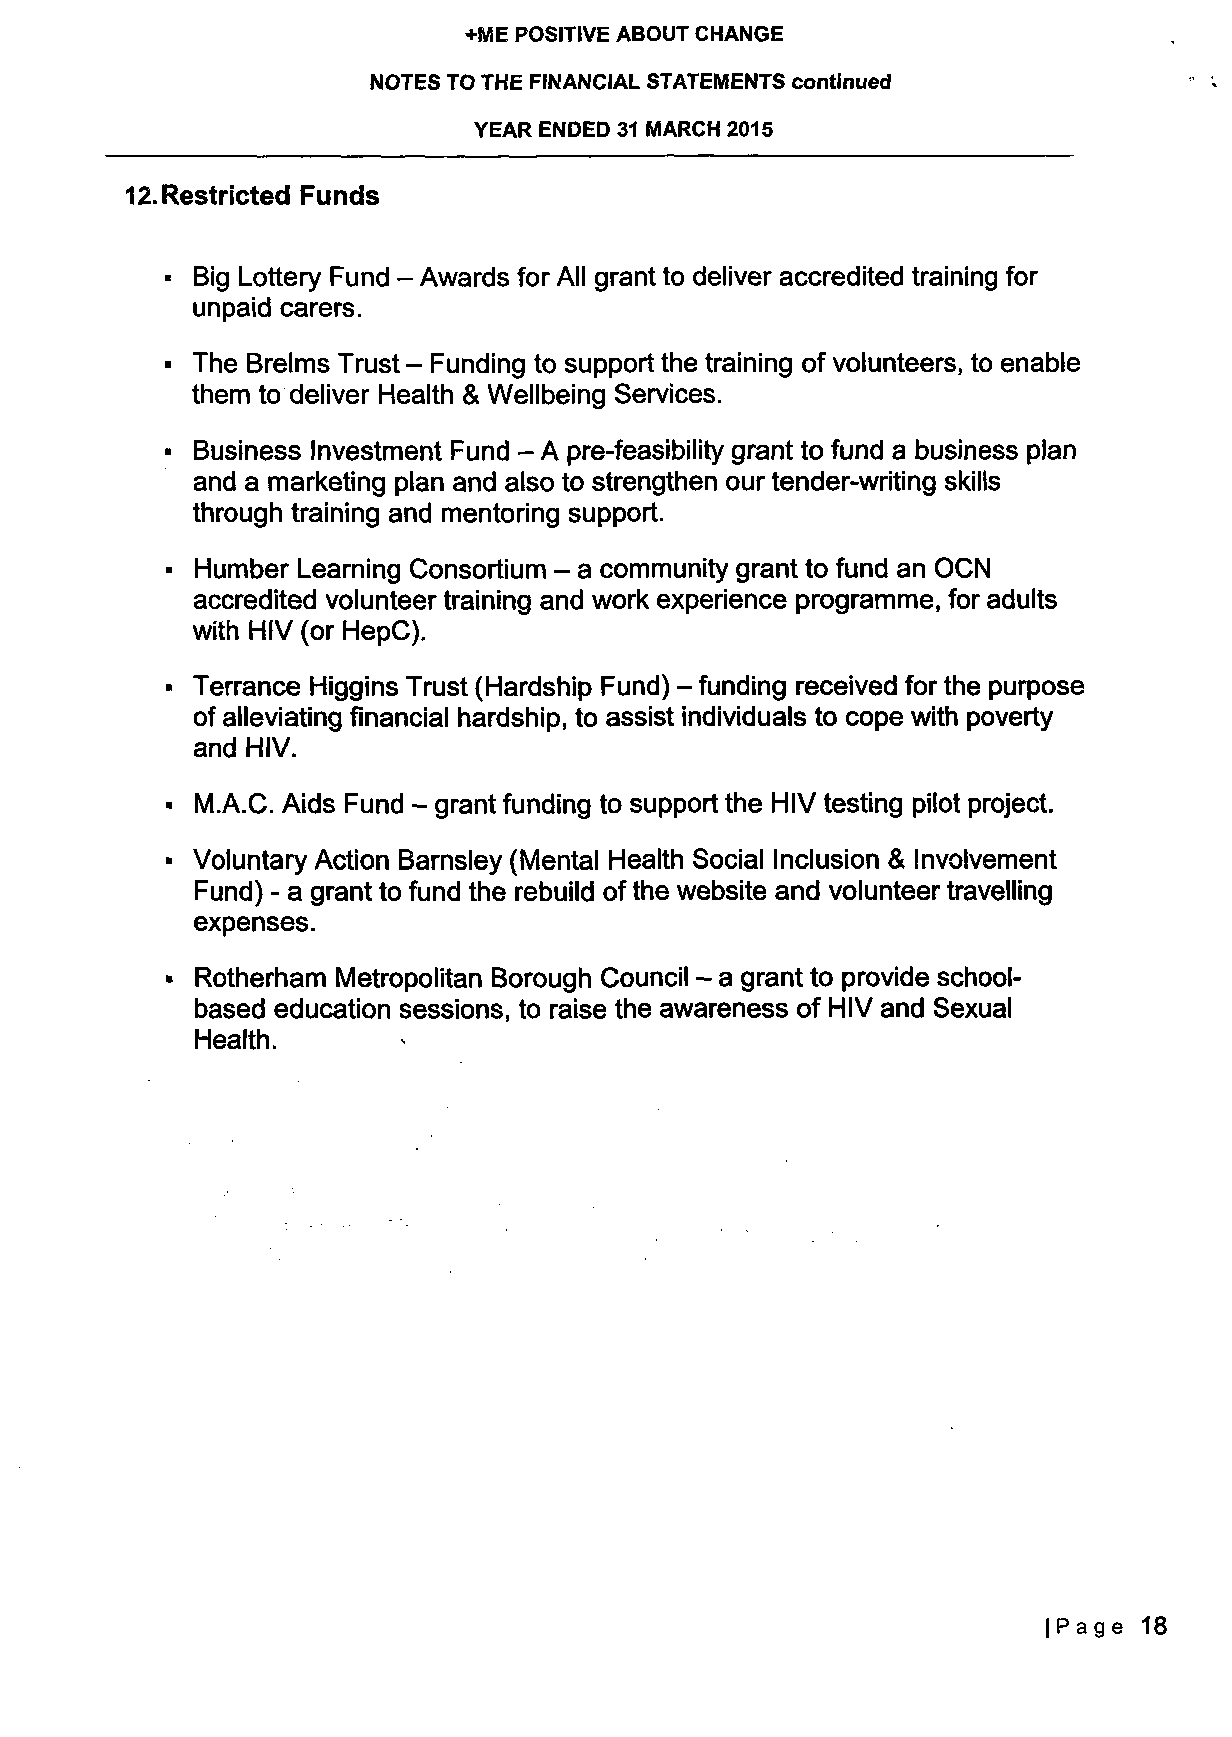
+ME POSITIVE ABOUT CHANGE
 NOTES TO THE FINANCIAL STATEMENTS continued
 YEAR ENDED 31 MARCH 2015
 12. Restricted Funds
 • Big Lottery Fund - Awards for All grant to deliver accredited training for
 unpaid carers.
 • The Brelms Trust - Funding to support the training of volunteers, to enable
 them to deliver Health & Wellbeing Services.
 • Business Investment Fund - A pre-feasibility grant to fund a business plan
 and a marketing plan and also to strengthen our tender-writing skills
 through training and mentoring support.
 • Humber Learning Consortium - a community grant to fund an OCN
 accredited volunteer training and work experience programme, for adults
 with HIV (or HepC).
 • Terrance Higgins Trust (Hardship Fund) - funding received for the purpose
 of alleviating financial hardship, to assist individuals to cope with poverty
 and HIV.
 - M.A.C. Aids Fund - grant funding to support the HIV testing pilot project.
 • Voluntary Action Barnsley (Mental Health Social Inclusion & Involvement
 Fund) - a grant to fund the rebuild of the website and volunteer travelling
 expenses.
 • Rotherham Metropolitan Borough Council - a grant to provide school-
 based education sessions, to raise the awareness of HIV and Sexual
 Health.
 |Page 18